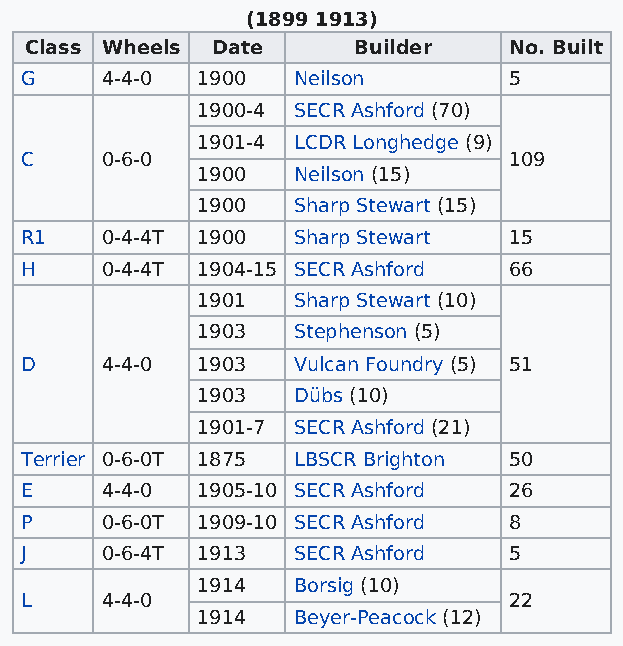
(1899 1913)
 Class Wheels Date    Builder    No. Built
 G     4-4-0 1900  Neilson        5
 1900-4 SECR Ashford (70)
 1901-4 LCDR Longhedge (9)
 C     0-6-0                      109
 1900  Neilson (15)
 1900  Sharp Stewart (15)
 R1    0-4-4T 1900 Sharp Stewart  15
 H     0-4-4T 1904-15 SECR Ashford 66
 1901  Sharp Stewart (10)
 1903  Stephenson (5)
 D     4-4-0 1903  Vulcan Foundry (5) 51
 1903  Dübs (10)
 1901-7 SECR Ashford (21)
 Terrier 0-6-0T 1875 LBSCR Brighton 50
 E     4-4-0 1905-10 SECR Ashford 26
 P     0-6-0T 1909-10 SECR Ashford 8
 J     0-6-4T 1913 SECR Ashford   5
 1914  Borsig (10)
 L     4-4-0                      22
 1914  Beyer-Peacock (12)